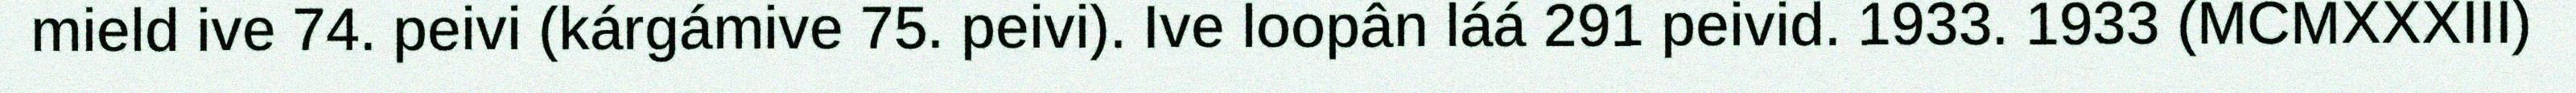
mield ive 74. peivi (kárgámive 75. peivi). Ive loopân láá 291 peivid. 1933. 1933 (MCMXXXIII)